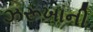
ઝરૂખાની